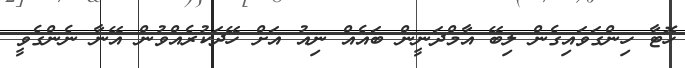
ހޮޓާ ހިންގަވައިގެން ލިބޭ އާމްދަނީން ބައެއް ނިއު އަށް ހޭދަކުރެއްވުން އޭނާ ނެންގެވީ